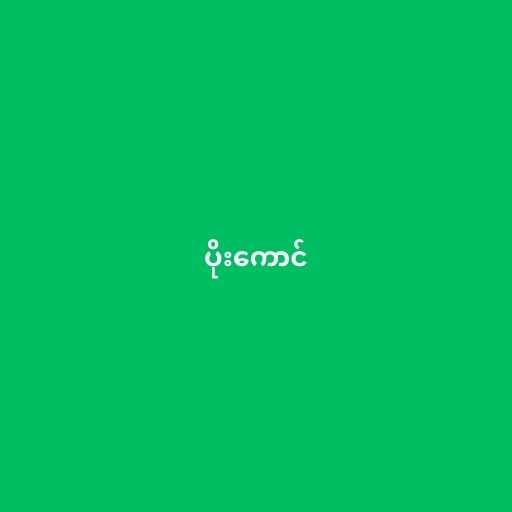
ပိုးကောင်